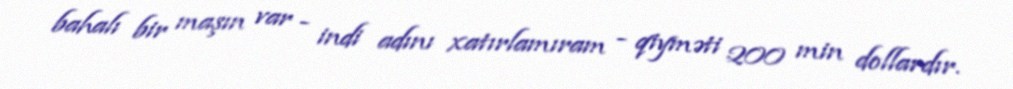
bahalı bir maşın var - indi adını xatırlamıram - qiyməti 200 min dollardır.